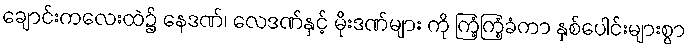
ချောင်းကလေးထဲ၌ နေဒဏ်၊ လေဒဏ်နှင့် မိုးဒဏ်များ ကို ကြံ့ကြံ့ခံကာ နှစ်ပေါင်းများစွာ